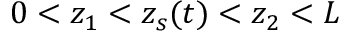
0 < z _ { 1 } < z _ { s } ( t ) < z _ { 2 } < L